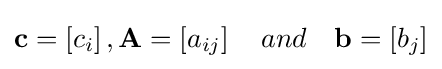
\mathbf {c} =\left[c_{i}\right],\mathbf {A} =\left[a_{ij}\right]\quad and\quad \mathbf {b} =\left[b_{j}\right]